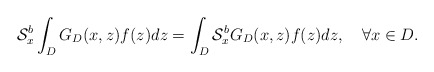
\begin{align*}\mathcal{S}^{b}_{x}\int_{D}G_{D}(x,z)f(z)dz=\int_{D}\mathcal{S}^{b}_{x}G_{D}(x,z)f(z)dz,\quad\forall x\in D.\end{align*}